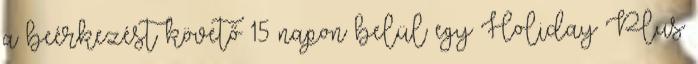
a beérkezést követő 15 napon belül egy Holiday Plus